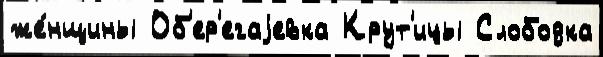
же́нщины Об'ер'егаjевка Крут'ицы Слободка